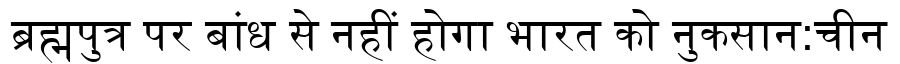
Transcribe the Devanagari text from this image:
ब्रह्मपुत्र पर बांध से नहीं होगा भारत को नुकसान:चीन